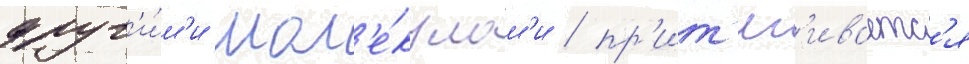
друг'и́м'и мол'е́кулам'и / пр'ит'яг'иваетс'я